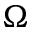
\Omega